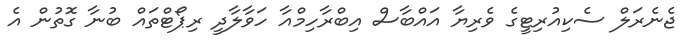
ޖެނެރަލް ސެކިއުރިޓީގެ ވެރިޔާ އައްބާސް އިބްރާހިމްއާ ހަވާލާދީ ރިޕޯޓްތައް ބުނާ ގޮތުން އެ